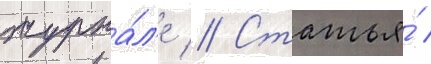
журна́л'е // Статья́ /